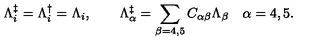
\Lambda _ { i } ^ { \ddagger } = \Lambda _ { i } ^ { \dagger } = \Lambda _ { i } , \quad \quad \Lambda _ { \alpha } ^ { \ddagger } = \sum _ { \beta = 4 , 5 } C _ { \alpha \beta } \Lambda _ { \beta } \quad \alpha = 4 , 5 .